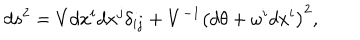
d s ^ { 2 } = V d x ^ { i } d x ^ { j } \delta _ { i j } + V ^ { - 1 } \left( d \theta + \omega ^ { i } d x ^ { i } \right) ^ { 2 } ,